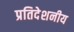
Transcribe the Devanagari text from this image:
प्रतिदेशनीय